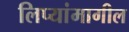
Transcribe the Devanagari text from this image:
लिप्यांमागील